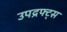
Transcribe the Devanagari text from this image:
उपद्रफ्ट्स